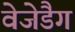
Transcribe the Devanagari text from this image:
वेजेडैग